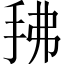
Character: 𰓖